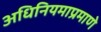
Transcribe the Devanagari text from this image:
अधिनियमाप्रमाणे